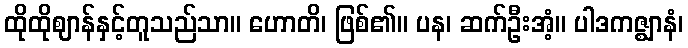
ထိုထိုဈာန်နှင့်တူသည်သာ။ ဟောတိ၊ ဖြစ်၏။ ပန၊ ဆက်ဦးအံ့။ ပါဒကဇ္ဈာနံ၊